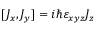
[ J _ { x } , J _ { y } ] = i \hbar \varepsilon _ { x y z } J _ { z }